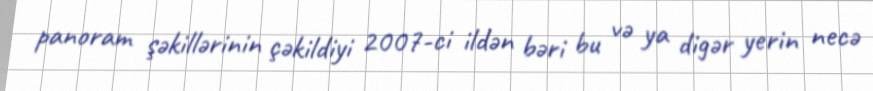
panoram şəkillərinin çəkildiyi 2007-ci ildən bəri bu və ya digər yerin necə